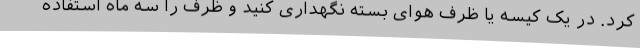
کرد. در یک کیسه یا ظرف هوای بسته نگهداری کنید و ظرف را سه ماه استفاده